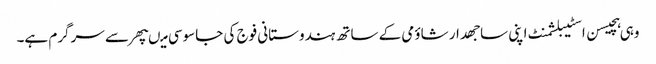
وہی ہچیسن اسٹیبلشمنٹ اپنی ساجھدار شاؤمی کے ساتھ ہندوستانی فوج کی جاسوسی میںپھر سے سرگرم ہے۔